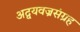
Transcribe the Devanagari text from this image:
अद्वयवज्रसंग्रह